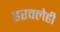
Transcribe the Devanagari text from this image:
हरवलेही